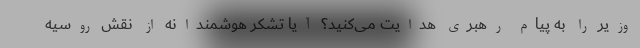
وزیر را به پیام رهبری هدایت می‌کنید؟ آیا تشکر هوشمندانه از نقش روسیه